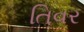
તિવર